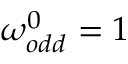
\omega _ { o d d } ^ { 0 } = 1